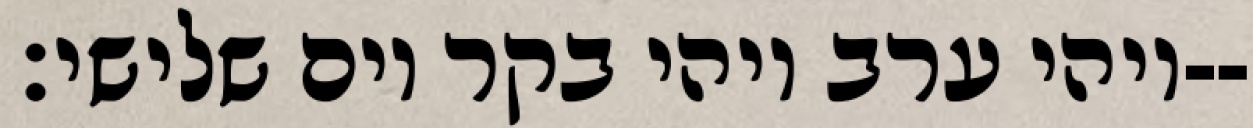
ויהי ערב ויהי בקר יום שלישי׃--